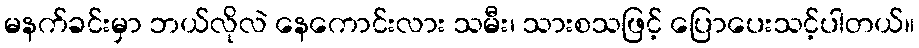
မနက်ခင်းမှာ ဘယ်လိုလဲ နေကောင်းလား သမီး၊ သားစသဖြင့် ပြောပေးသင့်ပါတယ်။